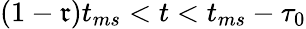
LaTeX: (1-\mathfrak{r})t_{ms}<t<t_{ms}-\tau_{0}